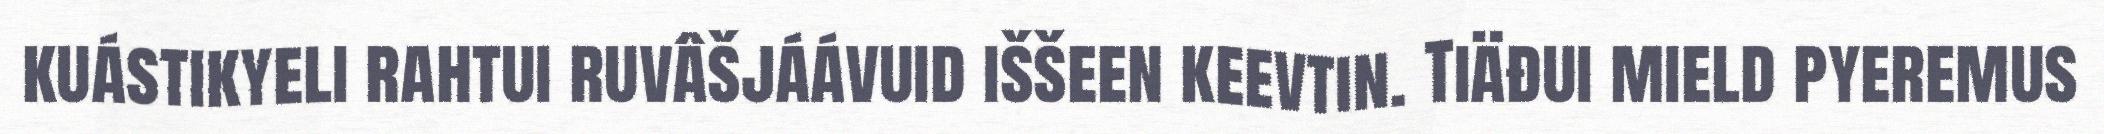
kuástikyeli rahtui ruvâšjáávuid iššeen keevtin. Tiäđui mield pyeremus